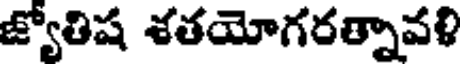
జ్యోతిష శతయోగరత్నావళి